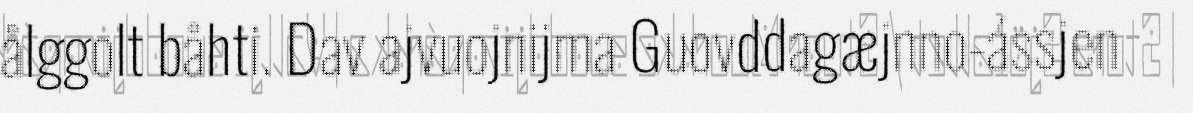
ålggolt båhti. Dav ajvuojnijma Guovddagæjnno-ássjen